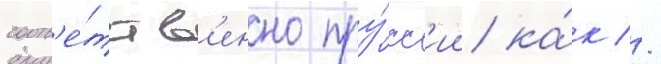
соотв'е́тств'енно пру́сс'ии ка́к //